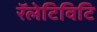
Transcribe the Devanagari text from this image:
रॅलेटिविटि